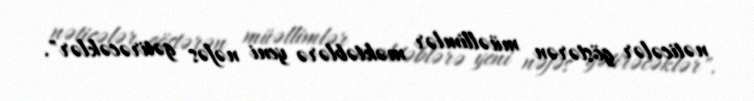
nəticələr göstərən müəllimlər məktəblərə yeni nəfəs gətirəcəklər".